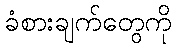
ခံစားချက်တွေကို